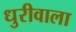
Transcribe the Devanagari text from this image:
धुरीवाला